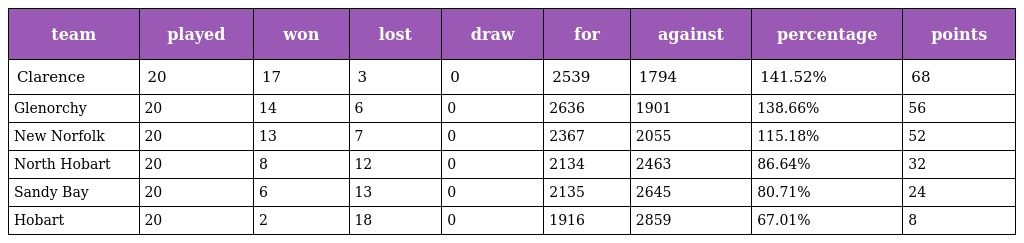
| team | played | won | lost | draw | for | against | percentage | points |
 | --- | --- | --- | --- | --- | --- | --- | --- | --- |
 | Clarence | 20 | 17 | 3 | 0 | 2539 | 1794 | 141.52% | 68 |
 | Glenorchy | 20 | 14 | 6 | 0 | 2636 | 1901 | 138.66% | 56 |
 | New Norfolk | 20 | 13 | 7 | 0 | 2367 | 2055 | 115.18% | 52 |
 | North Hobart | 20 | 8 | 12 | 0 | 2134 | 2463 | 86.64% | 32 |
 | Sandy Bay | 20 | 6 | 13 | 0 | 2135 | 2645 | 80.71% | 24 |
 | Hobart | 20 | 2 | 18 | 0 | 1916 | 2859 | 67.01% | 8 |